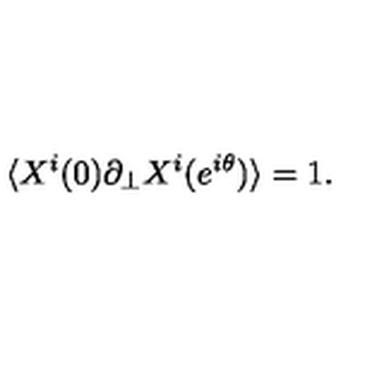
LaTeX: \langle X ^ { i } ( 0 ) \partial _ { \perp } X ^ { i } ( e ^ { i \theta } ) \rangle = 1 .